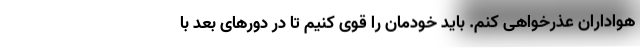
هواداران عذرخواهی کنم. باید خودمان را قوی کنیم تا در دورهای بعد با